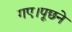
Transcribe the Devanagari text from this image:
गए।पूछने